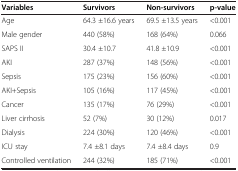
<table><thead><tr><td><b>Variables</b></td><td><b>Survivors</b></td><td><b>Non-survivors</b></td><td><b>p-value</b></td></tr></thead><tbody><tr><td>Age</td><td>64.3 ±16.6 years</td><td>69.5 ±13.5 years</td><td>&lt;0.001</td></tr><tr><td>Male gender</td><td>440 (58%)</td><td>168 (64%)</td><td>0.066</td></tr><tr><td>SAPS II</td><td>30.4 ±10.7</td><td>41.8 ±10.9</td><td>&lt;0.001</td></tr><tr><td>AKI</td><td>287 (37%)</td><td>148 (56%)</td><td>&lt;0.001</td></tr><tr><td>Sepsis</td><td>175 (23%)</td><td>156 (60%)</td><td>&lt;0.001</td></tr><tr><td>AKI+Sepsis</td><td>105 (16%)</td><td>117 (45%)</td><td>&lt;0.001</td></tr><tr><td>Cancer</td><td>135 (17%)</td><td>76 (29%)</td><td>&lt;0.001</td></tr><tr><td>Liver cirrhosis</td><td>52 (7%)</td><td>30 (12%)</td><td>0.017</td></tr><tr><td>Dialysis</td><td>224 (30%)</td><td>120 (46%)</td><td>&lt;0.001</td></tr><tr><td>ICU stay</td><td>7.4 ±8.1 days</td><td>7.4 ±8.4 days</td><td>0.9</td></tr><tr><td>Controlled ventilation</td><td>244 (32%)</td><td>185 (71%)</td><td>&lt;0.001</td></tr></tbody></table>